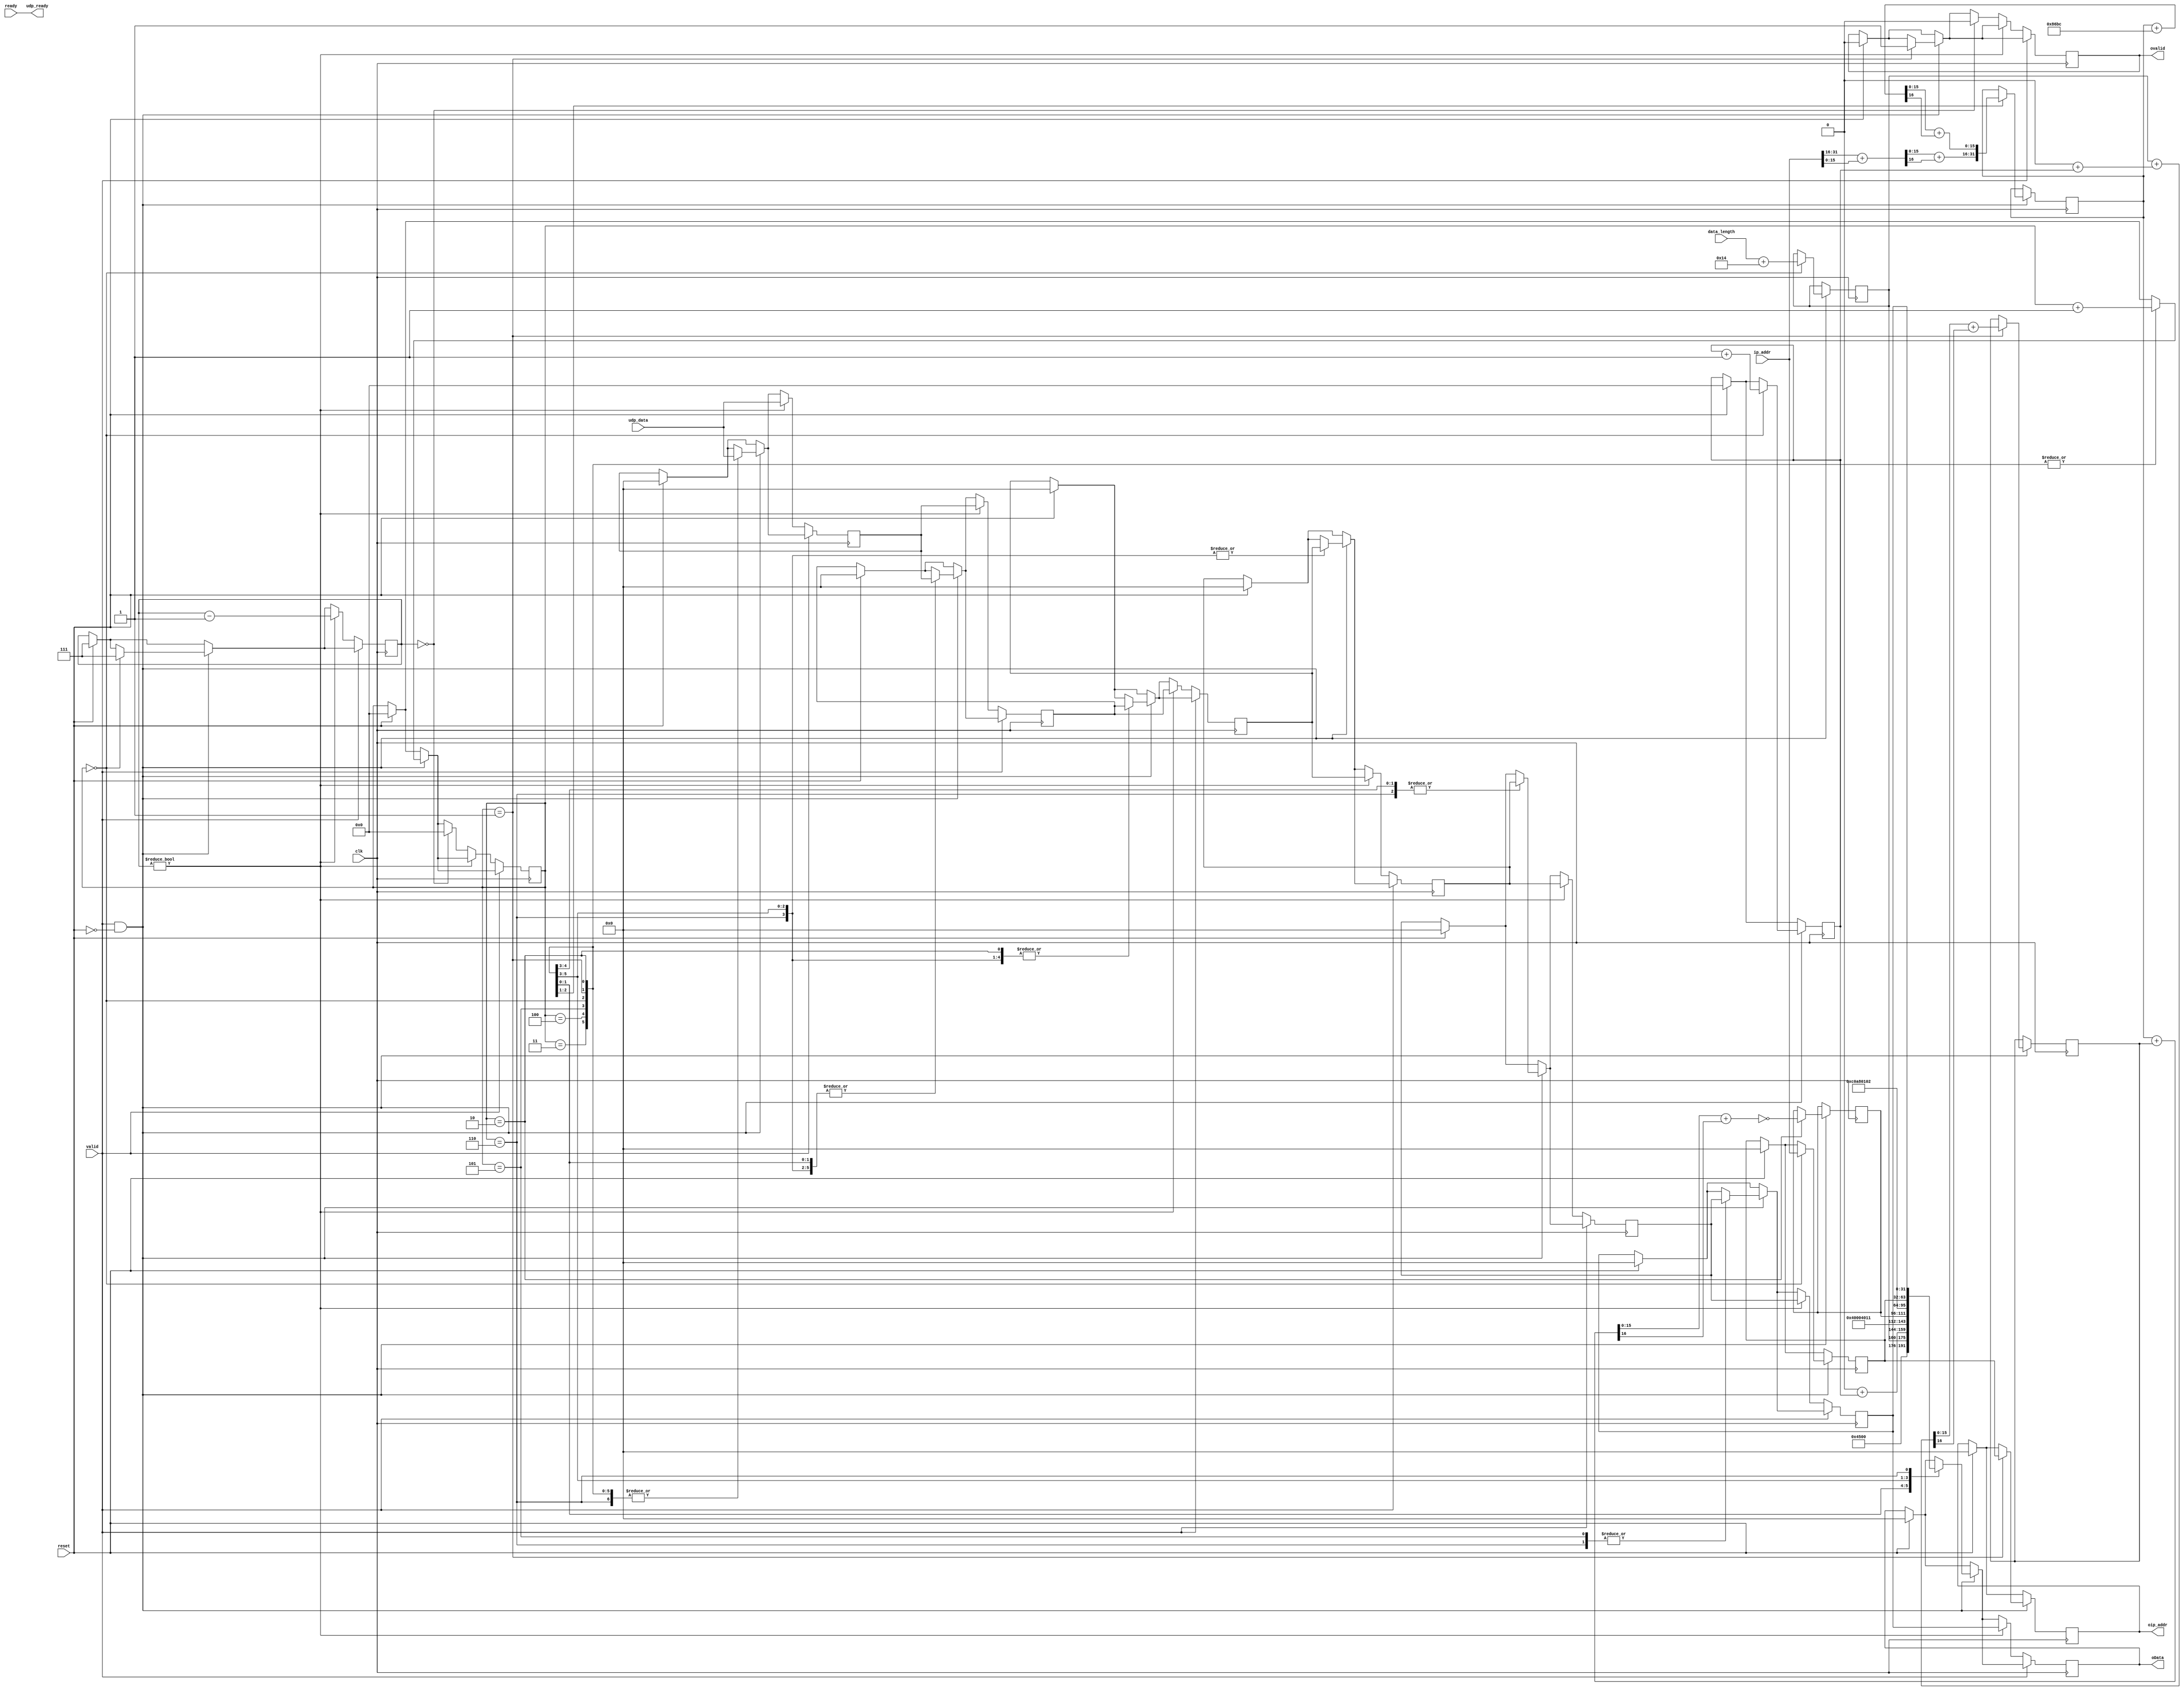
/*
* Module IP_send
* 11/12/07
* H.McCreary
*/

`define VERSION 4'h4
`define IHL 4'h5
`define TOS 8'h0
`define SRC_ADDR 32'hc0a80102
`define ID_BASE 16'h0
`define FLAG 3'b010
`define FRAGMENT_OFFSET 13'h0
`define TTL 8'h40
`define PROTOCOL 8'h11
`define CHKSUM_BASE 16'h86bc

module IP_send(
	input clk,
	input reset,
	// from UDP send
	input [31:0] udp_data,
	input [31:0] ip_addr,
	input 	     valid,
	input [15:0] data_length,
	// send buffer
	input        ready,
	// output ports
	output reg [31:0] oip_addr,
	output reg [31:0] oData,
	output            udp_ready,
	output		  ovalid
);
	// registers
	reg [31:0] data_buffer1, data_buffer2, data_buffer3, data_buffer4, data_buffer5, data_buffer6;
	reg [31:0] ip_addr_reg;
	reg [15:0] total_length, cnt,datagram_cnt,accum1,accum2,chksum;
	reg [16:0] tmp_accum1, tmp_accum2;
	reg	   isvalid, ovalid_reg;
	reg [2:0]  bufcnt;

	assign udp_ready = ready;
	assign ovalid = ovalid_reg;

	always @(posedge clk) begin
		isvalid <= valid;

		if (reset) begin
			cnt <= 16'h0;
			datagram_cnt <= 16'h0;
			ip_addr_reg <= 32'h0;
			data_buffer1 <= 32'h0;
			data_buffer2 <= 32'h0;
			data_buffer3 <= 32'h0;
			data_buffer4 <= 32'h0;
			data_buffer5 <= 32'h0;
			data_buffer6 <= 32'h0;
			bufcnt <= 3'b111;
			oData <= 32'h0;
			oip_addr <= 32'h0;
			ovalid_reg <= 1'b0;
		end
		if (valid & ~reset) begin
			case (cnt)
				0: begin
					// start calculating header checksum
					tmp_accum1 = ip_addr[31:16] + ip_addr[15:0];
					accum1 <= tmp_accum1[15:0] + tmp_accum1[16];
					bufcnt <= 3'b111;
					data_buffer1 <= udp_data;

					datagram_cnt <= datagram_cnt + 16'h1;
					ip_addr_reg  <= ip_addr;
					total_length <= data_length + (`IHL << 2);

					cnt <= cnt + 16'b1;
				end
				1: begin
					// send first word of header
					oData <= {`VERSION,`IHL,`TOS,total_length};
					oip_addr <= ip_addr_reg;
					// set valid high for output
					ovalid_reg <= 1'b1;
					// continue calculating header checksum
					tmp_accum2 = total_length + (`ID_BASE + datagram_cnt);
					accum2 <= tmp_accum2[15:0] + tmp_accum2[16];
					tmp_accum1 = accum1 + `CHKSUM_BASE;
					accum1 <= tmp_accum1[15:0] + tmp_accum1[16];
					// propagate data down buffer chain
					data_buffer2 <= data_buffer1;
					data_buffer1 <= udp_data;
					cnt <= cnt + 16'b1;
				end
				2: begin
					// send second word of header
					oData <= {`ID_BASE + datagram_cnt,`FLAG,`FRAGMENT_OFFSET};
					// final calculation of head checksum
					tmp_accum1 = accum1 + accum2;
					chksum <= ~(tmp_accum1[15:0] + tmp_accum1[16]);
					// propagate data down buffer chain
					data_buffer3 <= data_buffer2;
					data_buffer2 <= data_buffer1;
					data_buffer1 <= udp_data;
					cnt <= cnt + 16'b1;
				end
				3: begin
					// send third word of header
					oData <= {`TTL,`PROTOCOL,chksum};
					// propagate data down buffer chain
					data_buffer4 <= data_buffer3;
					data_buffer3 <= data_buffer2;
					data_buffer2 <= data_buffer1;
					data_buffer1 <= udp_data;
					cnt <= cnt + 16'b1;
				end
				4: begin
					// send fourth word of header
					oData <= `SRC_ADDR;
					// propagate data down buffer chain
					data_buffer5 <= data_buffer4;
					data_buffer4 <= data_buffer3;
					data_buffer3 <= data_buffer2;
					data_buffer2 <= data_buffer1;
					data_buffer1 <= udp_data;
					cnt <= cnt + 16'b1;
				end
				5: begin
					// send fifth word of header
					oData <= ip_addr_reg;
					// propagate data down buffer chain
					data_buffer6 <= data_buffer5;
					data_buffer5 <= data_buffer4;
					data_buffer4 <= data_buffer3;
					data_buffer3 <= data_buffer2;
					data_buffer2 <= data_buffer1;
					data_buffer1 <= udp_data;
					cnt <= cnt + 16'b1;
				end
				6: begin
					// begin sending buffered data
					oData <= data_buffer6;
					data_buffer6 <= data_buffer5;
					data_buffer5 <= data_buffer4;
					data_buffer4 <= data_buffer3;
					data_buffer3 <= data_buffer2;
					data_buffer2 <= data_buffer1;
					data_buffer1 <= udp_data;
				end
			endcase
		end
		if (~valid) begin
			if (bufcnt != 3'b000) begin
				oData <= data_buffer6;
				data_buffer6 <= data_buffer5;
				data_buffer5 <= data_buffer4;
				data_buffer4 <= data_buffer3;
				data_buffer3 <= data_buffer2;
				data_buffer2 <= data_buffer1;
				data_buffer1 <= udp_data;	
				bufcnt <= bufcnt - 3'b001;
			end
			else if (bufcnt == 3'b000) begin
				ovalid_reg <= 1'b0;
				cnt <= 16'h0;
			end
		end
	end

endmodule